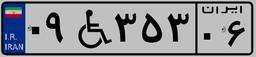
۵۴W۳۶۸۱۰